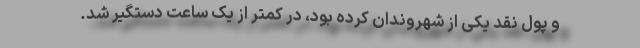
و پول نقد یکی از شهروندان کرده بود، در کمتر از یک ساعت دستگیر شد.